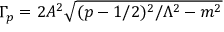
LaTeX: \Gamma _ { p } = 2 A ^ { 2 } \sqrt { ( p - 1 / 2 ) ^ { 2 } / \Lambda ^ { 2 } - m ^ { 2 } }